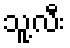
သူ့လီး